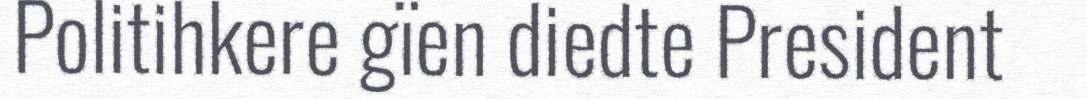
Politihkere gïen diedte President